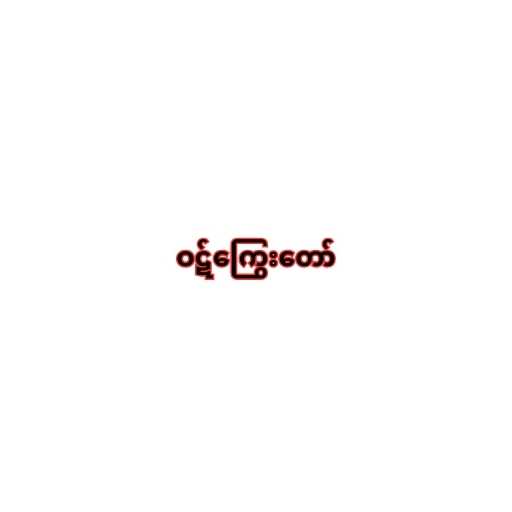
ဝဋ်ကြွေးတော်